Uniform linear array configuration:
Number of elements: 64
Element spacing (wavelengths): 0.25
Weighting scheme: binomial
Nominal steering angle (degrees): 15
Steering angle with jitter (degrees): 15.682
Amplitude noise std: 0.05
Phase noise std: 0.05

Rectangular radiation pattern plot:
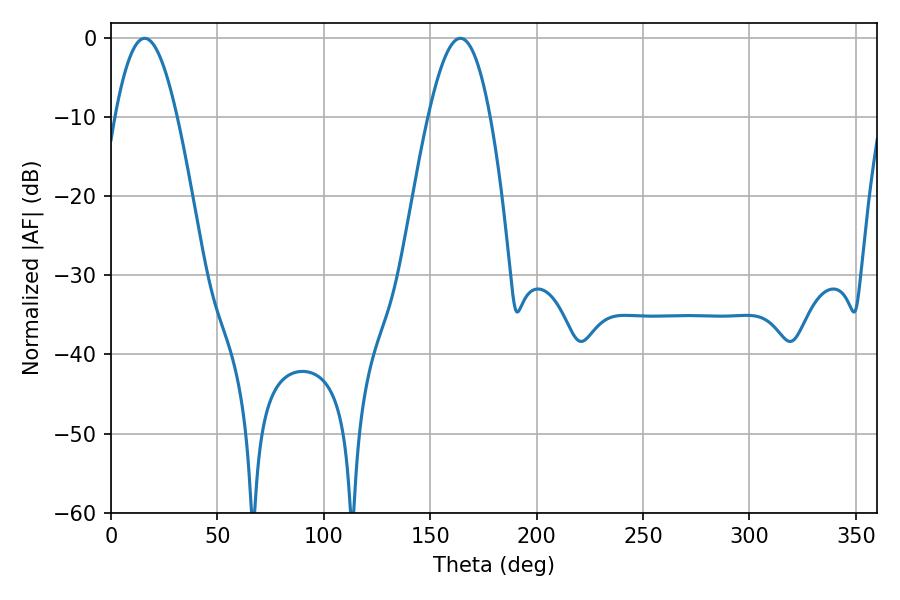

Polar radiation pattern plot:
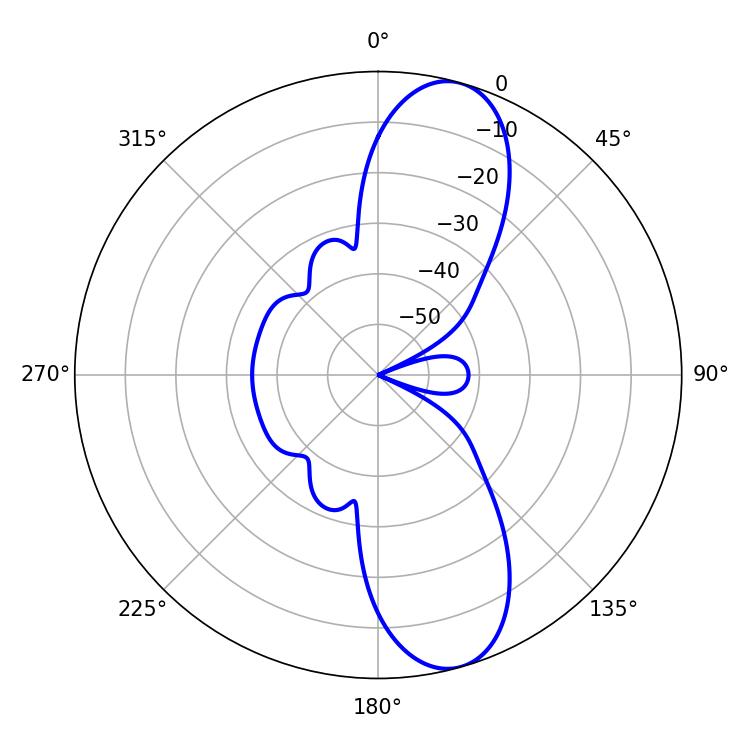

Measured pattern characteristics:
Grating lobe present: FALSE
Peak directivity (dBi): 10.83
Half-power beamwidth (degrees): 15.84
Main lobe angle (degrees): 15.84